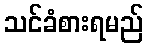
သင်ခံစားရမည်